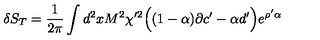
\delta S _ { T } = { \frac { 1 } { 2 \pi } } \int d ^ { 2 } x M ^ { 2 } \chi ^ { \prime 2 } \Big ( ( 1 - \alpha ) \partial c ^ { \prime } - \alpha d ^ { \prime } \Big ) e ^ { \rho ^ { \prime } \alpha }